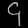
Digit: ၄